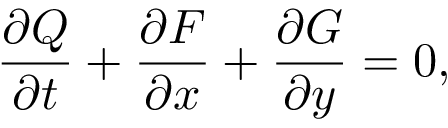
\frac { \partial Q } { \partial t } + \frac { \partial F } { \partial x } + \frac { \partial G } { \partial y } = 0 ,